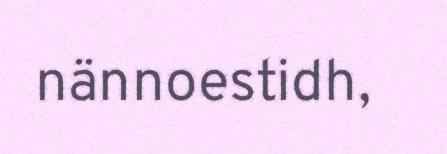
nännoestidh,